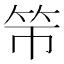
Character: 𰩯